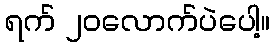
ရက် ၂၀လောက်ပဲပေါ့။